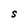
Character: S